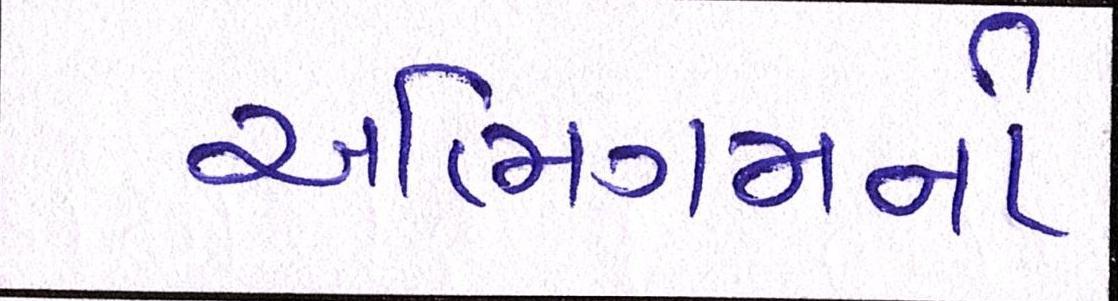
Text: અભિગમનો